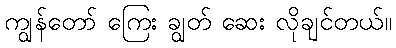
ကျွန်တော် ကြေး ချွတ် ဆေး လိုချင်တယ်။